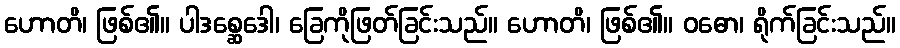
ဟောတိ၊ ဖြစ်၏။ ပါဒစ္ဆေဒေါ၊ ခြေကိုဖြတ်ခြင်းသည်။ ဟောတိ၊ ဖြစ်၏။ ဝဓော၊ ရိုက်ခြင်းသည်။